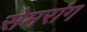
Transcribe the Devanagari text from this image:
सेमरांग